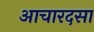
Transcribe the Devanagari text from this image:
आचारदसा